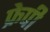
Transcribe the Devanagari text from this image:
फ्रेपी